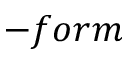
- f o r m